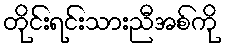
တိုင်းရင်းသားညီအစ်ကို